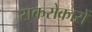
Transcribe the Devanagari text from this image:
सकरोकारों